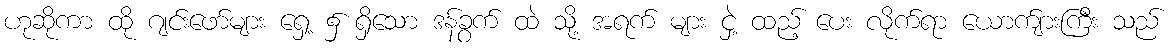
ဟုဆိုကာ ထို ဂျင်းဖော်များ ရှေ့ ၌ ရှိသော ဒန်ခွက် ထဲ သို့ အရက် များ ငှဲ့ ထည့် ပေး လိုက်ရာ ယောက်ျားကြီး သည်